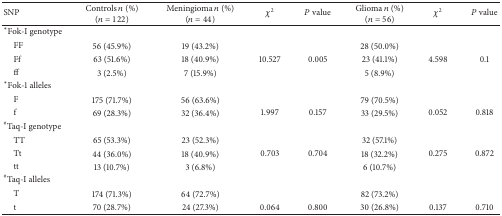
<table><thead><tr><td><b>SNP</b></td><td><b>Controls <i>n</i> (%)(<i>n</i> = 122)</b></td><td><b>Meningioma <i>n</i> (%)(<i>n</i> = 44)</b></td><td><b><i>χ</i><sup>2</sup></b></td><td><b><i>P</i> value</b></td><td><b>Glioma <i>n</i> (%)(<i>n</i> = 56)</b></td><td><b><i>χ</i><sup>2</sup></b></td><td><b><i>P</i> value</b></td></tr></thead><tbody><tr><td>*Fok-I genotype</td><td> </td><td> </td><td> </td><td> </td><td> </td><td> </td><td> </td></tr><tr><td> FF</td><td>56 (45.9%)</td><td>19 (43.2%)</td><td> </td><td> </td><td>28 (50.0%)</td><td> </td><td> </td></tr><tr><td> Ff </td><td>63 (51.6%)</td><td>18 (40.9%)</td><td>10.527</td><td>0.005</td><td>23 (41.1%)</td><td>4.598</td><td>0.1</td></tr><tr><td> ff</td><td>3 (2.5%)</td><td>7 (15.9%)</td><td> </td><td> </td><td>5 (8.9%)</td><td> </td><td> </td></tr><tr><td>*Fok-1 alleles</td><td> </td><td> </td><td> </td><td> </td><td> </td><td> </td><td> </td></tr><tr><td> F</td><td>175 (71.7%)</td><td>56 (63.6%)</td><td> </td><td> </td><td>79 (70.5%)</td><td> </td><td> </td></tr><tr><td> f</td><td>69 (28.3%)</td><td>32 (36.4%)</td><td>1.997</td><td>0.157</td><td>33 (29.5%)</td><td>0.052</td><td>0.818</td></tr><tr><td><sup>#</sup>Taq-I genotype</td><td> </td><td> </td><td> </td><td> </td><td> </td><td> </td><td> </td></tr><tr><td> TT</td><td>65 (53.3%)</td><td>23 (52.3%)</td><td> </td><td> </td><td>32 (57.1%)</td><td> </td><td> </td></tr><tr><td> Tt</td><td>44 (36.0%)</td><td>18 (40.9%)</td><td>0.703</td><td>0.704</td><td>18 (32.2%)</td><td>0.275</td><td>0.872</td></tr><tr><td> tt</td><td>13 (10.7%)</td><td>3 (6.8%)</td><td> </td><td> </td><td>6 (10.7%)</td><td> </td><td> </td></tr><tr><td><sup>#</sup>Taq-I alleles</td><td> </td><td> </td><td> </td><td> </td><td> </td><td> </td><td> </td></tr><tr><td> T</td><td>174 (71.3%)</td><td>64 (72.7%)</td><td> </td><td> </td><td>82 (73.2%)</td><td> </td><td> </td></tr><tr><td> t</td><td>70 (28.7%)</td><td>24 (27.3%)</td><td>0.064</td><td>0.800</td><td>30 (26.8%)</td><td>0.137</td><td>0.710</td></tr></tbody></table>